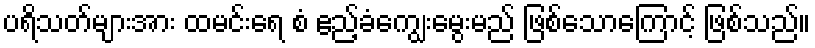
ပရိသတ်များအား ထမင်းရေ စံ ဧည့်ခံကျွေးမွေးမည် ဖြစ်သောကြောင့် ဖြစ်သည်။